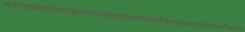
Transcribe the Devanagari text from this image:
तत्राश्वलायनेनचकृष्णपक्षेएकादशीत्रयोदशीदर्शेषुअषाढाफल्गुनीप्रोष्ठपदाभिन्नर्क्षेउक्तं